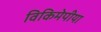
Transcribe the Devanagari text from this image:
विकिमेपीया